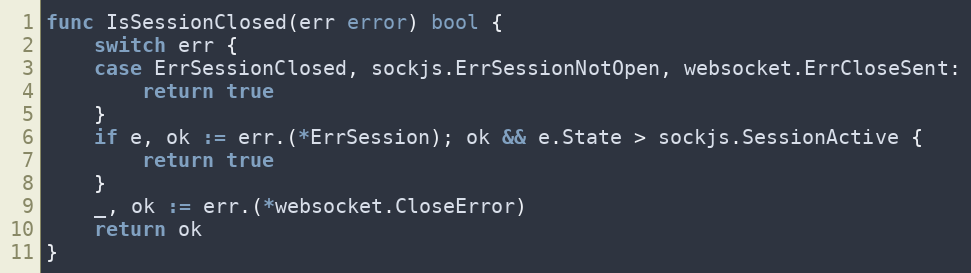
Language: Go
func IsSessionClosed(err error) bool {
	switch err {
	case ErrSessionClosed, sockjs.ErrSessionNotOpen, websocket.ErrCloseSent:
		return true
	}
	if e, ok := err.(*ErrSession); ok && e.State > sockjs.SessionActive {
		return true
	}
	_, ok := err.(*websocket.CloseError)
	return ok
}